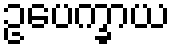
ဥပေက္ခာယ